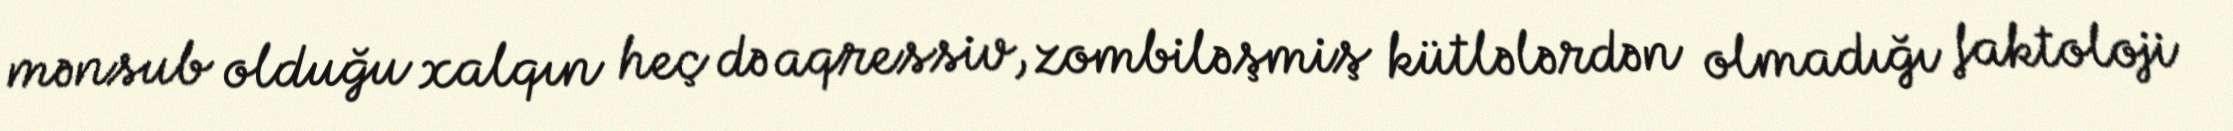
mənsub olduğu xalqın heç də aqressiv, zombiləşmiş kütlələrdən olmadığı faktoloji